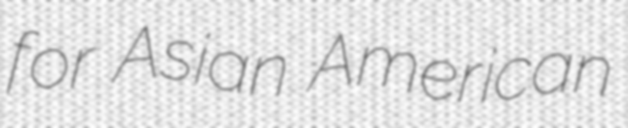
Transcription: for Asian American